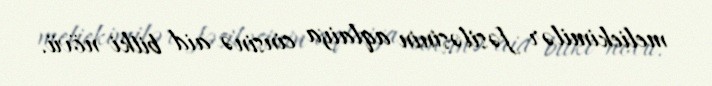
meliekimilər fəsiləsinin aqlaiya cinsinə aid bitki növü.